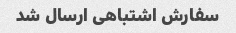
سفارش اشتباهی ارسال شد